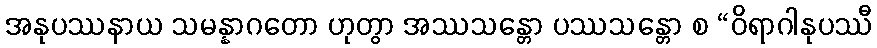
အနုပဿနာယ သမန္နာဂတော ဟုတွာ အဿသန္တော ပဿသန္တော စ “ဝိရာဂါနုပဿီ